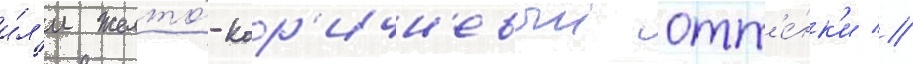
и́л'и желто́-кор'ичн'евыи отт'е́нк'и //